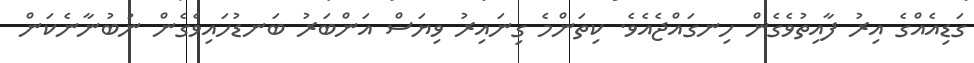
ގަޑިއެއްގެ އިރު ފާއިތުވެގެން ހިނގައްޖެއެވެ. ކިތަންމެ ގިނައިރު ވިޔަސް އަންބަރު ބަނޑުހައިވެގެން ނުބުނާނެކަން